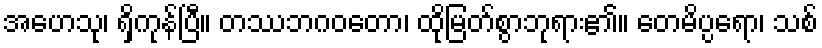
အဟေသု၊ ရှိကုန်ပြီ။ တဿဘဂဝတော၊ ထိုမြတ်စွာဘုရား၏။ တေမိပ္ပရော၊ သစ်